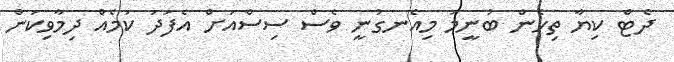
ދެޓް ކިޔާ ތިހެން ބުނީމަ މިއެނގުނީ ވެސް ސިސްއަށް އެފަދަ ކަމެއް ދިމާވިކަން